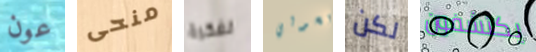
عون منحى لفكرة كحولي لكن يكتشفون